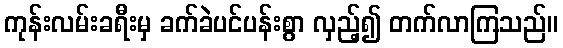
ကုန်းလမ်းခရီးမှ ခက်ခဲပင်ပန်းစွာ လှည့်၍ တက်လာကြသည်။